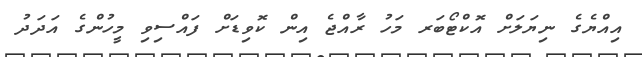
އިއްޔެގެ ނިޔަލަށް އޮކްޓޯބަރ މަހު ރާއްޖެ އިން ކޮވިޑަށް ފައްސިވި މީހުންގެ އަދަދު